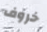
خروف